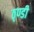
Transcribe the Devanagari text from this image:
ठ्ण्डी